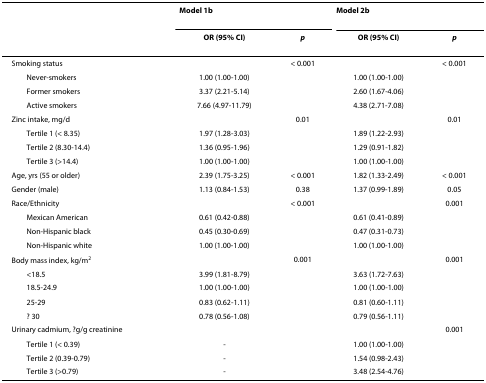
<table><thead><tr><td></td><td colspan="2"><b>Model 1<sup>b</sup></b></td><td colspan="2"><b>Model 2<sup>b</sup></b></td></tr><tr><td></td><td><b>OR (95% CI)</b></td><td><b><i>p</i></b></td><td><b>OR (95% CI)</b></td><td><b><i>p</i></b></td></tr></thead><tbody><tr><td>Smoking status</td><td></td><td>&lt; 0.001</td><td></td><td>&lt; 0.001</td></tr><tr><td> Never-smokers</td><td>1.00 (1.00-1.00)</td><td></td><td>1.00 (1.00-1.00)</td><td></td></tr><tr><td> Former smokers</td><td>3.37 (2.21-5.14)</td><td></td><td>2.60 (1.67-4.06)</td><td></td></tr><tr><td> Active smokers</td><td>7.66 (4.97-11.79)</td><td></td><td>4.38 (2.71-7.08)</td><td></td></tr><tr><td>Zinc intake, mg/d</td><td></td><td>0.01</td><td></td><td>0.01</td></tr><tr><td> Tertile 1 (&lt; 8.35)</td><td>1.97 (1.28-3.03)</td><td></td><td>1.89 (1.22-2.93)</td><td></td></tr><tr><td> Tertile 2 (8.30-14.4)</td><td>1.36 (0.95-1.96)</td><td></td><td>1.29 (0.91-1.82)</td><td></td></tr><tr><td> Tertile 3 (&gt;14.4)</td><td>1.00 (1.00-1.00)</td><td></td><td>1.00 (1.00-1.00)</td><td></td></tr><tr><td>Age, yrs (55 or older)</td><td>2.39 (1.75-3.25)</td><td>&lt; 0.001</td><td>1.82 (1.33-2.49)</td><td>&lt; 0.001</td></tr><tr><td>Gender (male)</td><td>1.13 (0.84-1.53)</td><td>0.38</td><td>1.37 (0.99-1.89)</td><td>0.05</td></tr><tr><td>Race/Ethnicity</td><td></td><td>&lt; 0.001</td><td></td><td>0.001</td></tr><tr><td> Mexican American</td><td>0.61 (0.42-0.88)</td><td></td><td>0.61 (0.41-0.89)</td><td></td></tr><tr><td> Non-Hispanic black</td><td>0.45 (0.30-0.69)</td><td></td><td>0.47 (0.31-0.73)</td><td></td></tr><tr><td> Non-Hispanic white</td><td>1.00 (1.00-1.00)</td><td></td><td>1.00 (1.00-1.00)</td><td></td></tr><tr><td>Body mass index, kg/m<sup>2</sup></td><td></td><td>0.001</td><td></td><td>0.001</td></tr><tr><td> &lt;18.5</td><td>3.99 (1.81-8.79)</td><td></td><td>3.63 (1.72-7.63)</td><td></td></tr><tr><td> 18.5-24.9</td><td>1.00 (1.00-1.00)</td><td></td><td>1.00 (1.00-1.00)</td><td></td></tr><tr><td> 25-29</td><td>0.83 (0.62-1.11)</td><td></td><td>0.81 (0.60-1.11)</td><td></td></tr><tr><td> ≥ 30</td><td>0.78 (0.56-1.08)</td><td></td><td>0.79 (0.56-1.11)</td><td></td></tr><tr><td>Urinary cadmium, μg/g creatinine</td><td></td><td></td><td></td><td>0.001</td></tr><tr><td> Tertile 1 (&lt; 0.39)</td><td>-</td><td></td><td>1.00 (1.00-1.00)</td><td></td></tr><tr><td> Tertile 2 (0.39-0.79)</td><td>-</td><td></td><td>1.54 (0.98-2.43)</td><td></td></tr><tr><td> Tertile 3 (&gt;0.79)</td><td>-</td><td></td><td>3.48 (2.54-4.76)</td><td></td></tr></tbody></table>